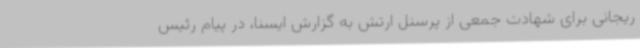
ریجانی برای شهادت جمعی از پرسنل ارتش به گزارش ایسنا، در پیام رئیس